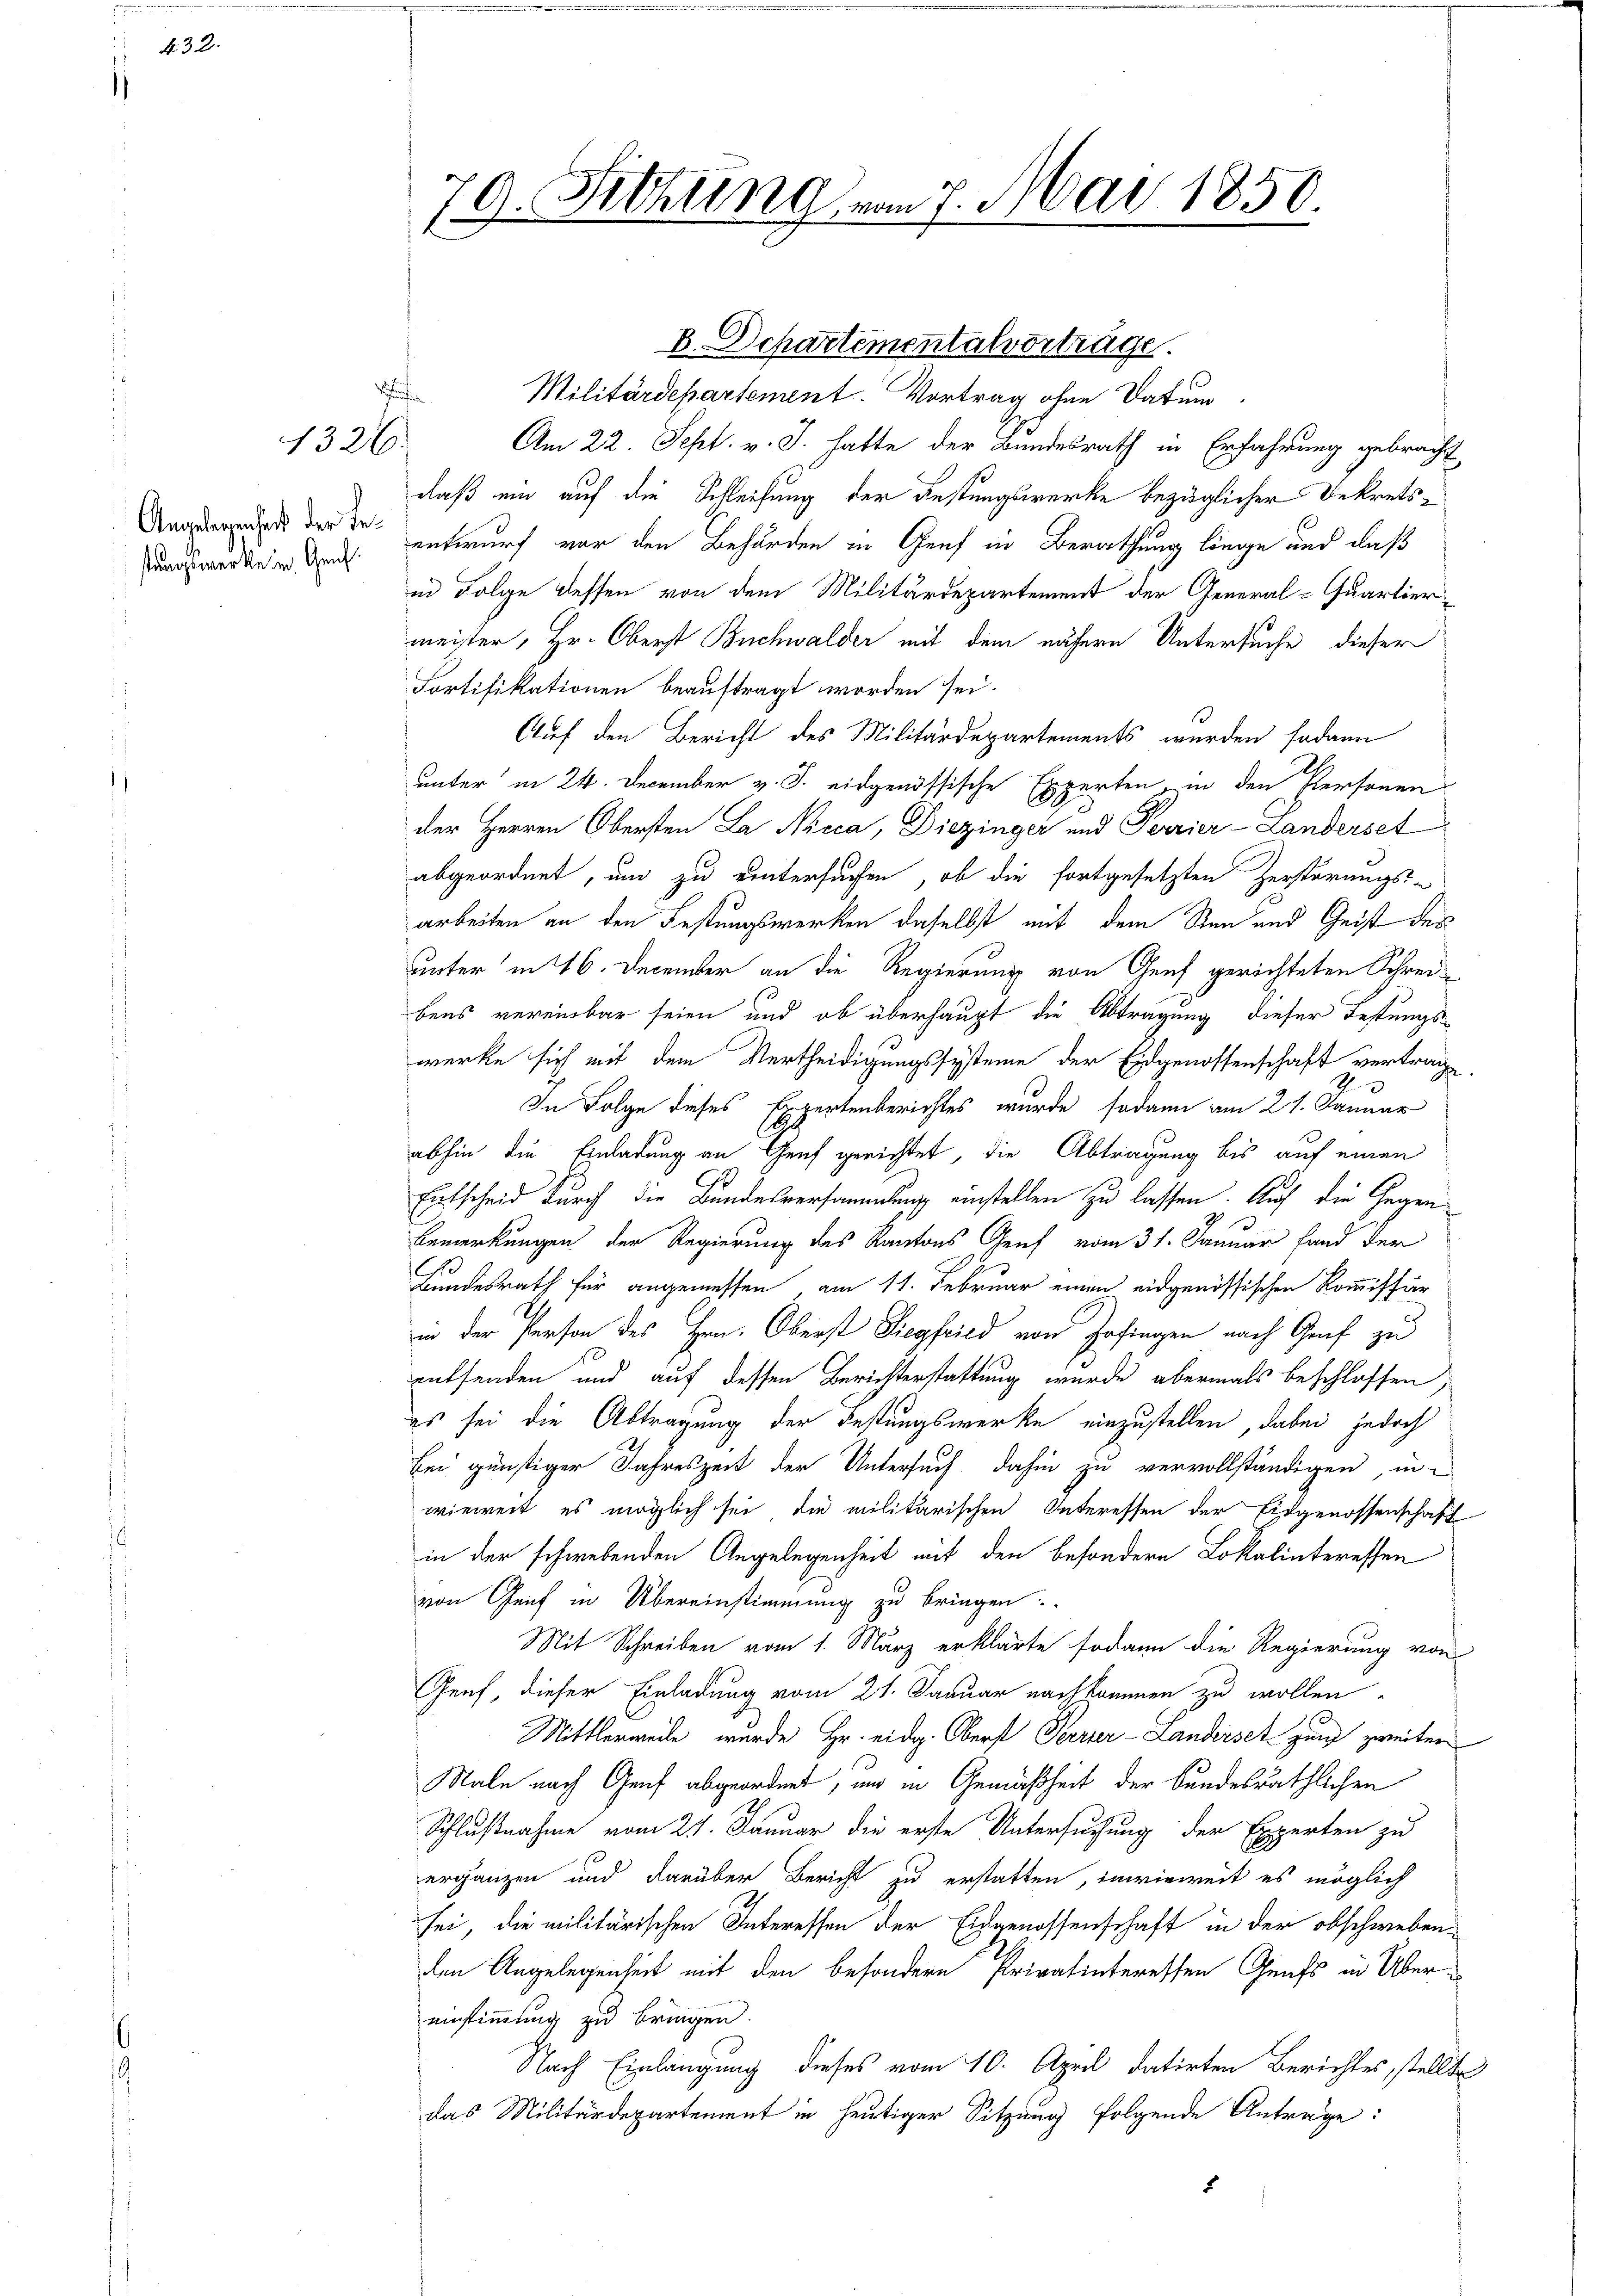
432.

1326

stungsmerke in Genf.

A. Sichtung vom 7. Mai 1859.
.
.

Militärdepartement. Vortrag ohne Datum.
Am 22. Sept. v. J. hatte der Bundesrath in Erfahrung gebracht
daß ein auf die Schleifung der Festungswerke bezüglicher Dekrets¬
Andert der die entwurf vor den Behörden in Genf in Berathung liege aus daß
in Folge dessen von dem Militärdepartement der General-Quartier-
meister, Hr. Oberst Buchwalder mit dem nähern Untersuche dieser
Fortifikationen beauftragt worden sei.
Auf den Bericht des Militärdepartements wurden sodann
unter in 24. December v. J. eidgenössische Experten, in den Personen
der Herren Obersten La Nicca, Diezinger und Terrier-Landerset
abgeordnet, um zu untersuchen, ob die fortgesetzten Zerstörungs-
arbeiten an den Festungswerken daselbst mit dem Sten und Geist des
unter in 16. December an die Regierung von Genf gerichteten Schreibens vereinbar seien und ob überhaupt die Abtragung dieser Festungswerke sich mit dem Vertheidigungssysteme der Eidgenossenschaft vertrage,
In Folge dieses Expertenberichtes wurde sodann am 21. Januar
abhin die Einladung an Genf gerichtet, die Abtragung bis auf einen
Entscheid durch die Bundesversammlung einstellen zu lassen. Auf die Gegen
Bemerkungen der Regierung des Kantons Genf vom 31. Januar fand der
Bundesrath für angemessen, am 11. Februar einen eidgenössischen Kommissär
in der Person des Hrn. Oberst Siegfried von Zofingen nach Graf zu
euffenden und auf dessen Berichterstattung wurde abermals beschlossen,
es sei die Abtragung der Festungswerke einzustellen, dabei jedoch
bei günstiger Jahreszeit der Untersuch dahin zu vervollständigen, in-
wieweit es möglich sei die militärischen Interessen der Eidgenossenschaft
in der schwebenden Angelegenheit mit den besondern Lokalinteressen
von Genf in Übereinstimmung zu bringen:
Mit Schreiben vom 1. März erklärte sodann die Regierung von
Genf, dieser Einladung vom 21. Januar nachkommen zu wollen.
Mittlerweile wurde Hr. eidg. Oberst Forrer-Landersetzung zweiten
Nale nach Genf abgeordnet, und in Gemäßheit der bundesräthlichen
Schlußnahme vom 21. Januar die erste Untersuchung der Experten zu
ergänzen und darüber Bericht zu erstatten, inwieweit es möglich
sei, die militärischen Interessen der Eidgenossenschaft in der obschweben
den Angelegenheit mit den besondern Privatinteressen Genfs in Übereinstimmung zu bringen.
Nach Einlangung dieses vom 10. April datirten Berichtes, stellte
das Militärdepartement in heutiger Sitzung folgende Antrage:
5

hufe

B. Dchartementalvorträge.